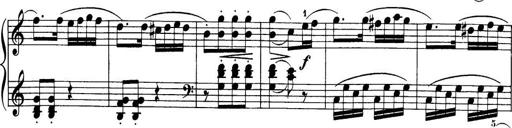
Title: 32 Sonatinas and Rondos for the Piano
Composer: Richard Kleinmichel